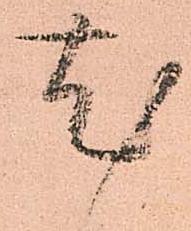
尤